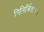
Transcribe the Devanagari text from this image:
निनिर्जितः।।